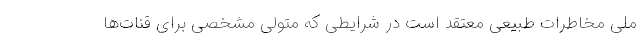
ملی مخاطرات طبیعی معتقد است در شرایطی که متولی مشخصی برای قنات‌ها